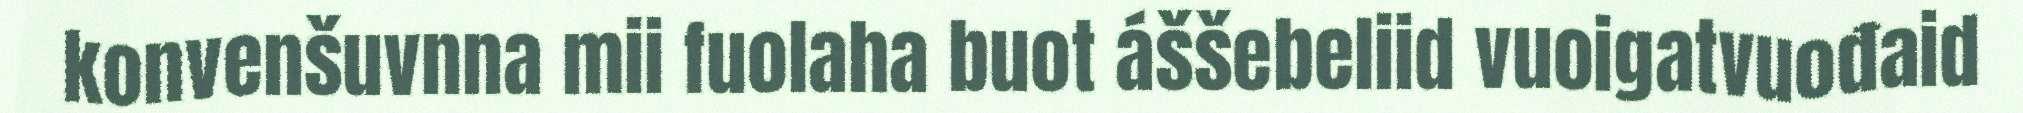
konvenšuvnna mii fuolaha buot áššebeliid vuoigatvuođaid